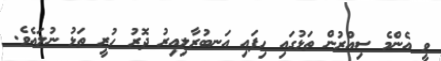
ވީ އެންމެ ސިއްރުން ތަޅުގައި ހިފައި އަނބުރާލިއިރު ދޮރު ހުރީ ތަޅު ނުލައެވެ.